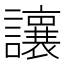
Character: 𫟝